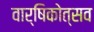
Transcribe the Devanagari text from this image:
वार्षिकोत्‍सव